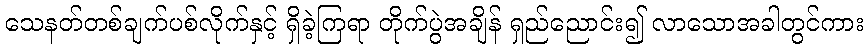
သေနတ်တစ်ချက်ပစ်လိုက်နှင့် ရှိခဲ့ကြရာ တိုက်ပွဲအချိန် ရှည်ညောင်း၍ လာသောအခါတွင်ကား